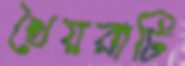
খৈয়রাটি